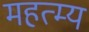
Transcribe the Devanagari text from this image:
महत्म्य